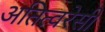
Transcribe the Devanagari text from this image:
अतित्वरेसी